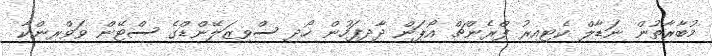
މުބާރާތުން ނަޑާލް ކެޓިއިރު ފްރެންޗް އޯޕަން ދާދިފަހުން ހޯދި ސްވިޒަލޭންޑްގެ ސްޓޭން ވަވްރިންކާ